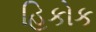
હિકોક